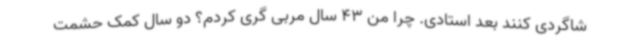
شاگردی کنند بعد استادی. چرا من 43 سال مربی گری کردم؟ دو سال کمک حشمت